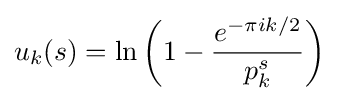
u_{k}(s)=\ln \left(1-{\frac {e^{-\pi ik/2}}{p_{k}^{s}}}\right)